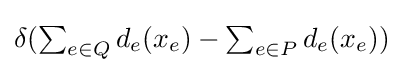
\textstyle \delta (\sum _{e\in Q}d_{e}(x_{e})-\sum _{e\in P}d_{e}(x_{e}))